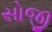
સોજી